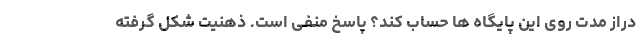
دراز مدت روی این پایگاه ها حساب کند؟ پاسخ منفی است. ذهنیت شکل گرفته